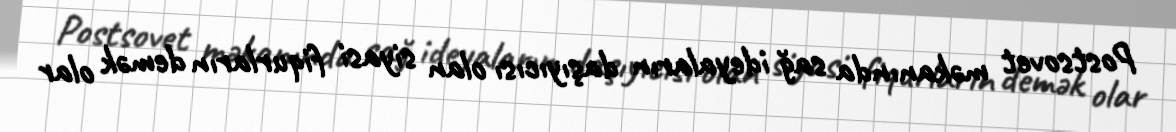
Postsovet məkanında sağ ideyaların daşıyıcısı olan siyasi fiqurların demək olar